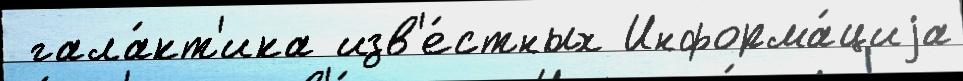
 гала́кт'ика изв'е́стных Информа́циjа